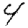
Digit: 4